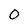
Character: O